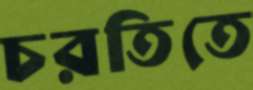
চরতিতে